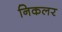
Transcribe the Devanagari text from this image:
निकलर